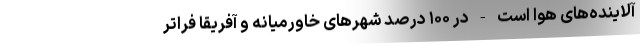
آلاینده‌های هوا است - در ۱۰۰ درصد شهرهای خاورمیانه و آفریقا فراتر